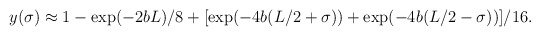
\begin{align*}y(\sigma)\approx 1-\exp (-2bL)/8+[\exp(-4b(L/2+\sigma))+\exp(-4b(L/2-\sigma))]/16. \end{align*}